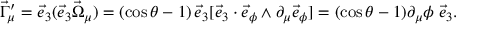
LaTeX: \vec { \Gamma } _ { \mu } ^ { \prime } = \vec { e } _ { 3 } ( \vec { e } _ { 3 } \vec { \Omega } _ { \mu } ) = ( \cos \theta - 1 ) \, \vec { e } _ { 3 } [ \vec { e } _ { 3 } \cdot \vec { e } _ { \phi } \wedge \partial _ { \mu } \vec { e } _ { \phi } ] = ( \cos \theta - 1 ) \partial _ { \mu } \phi \; \vec { e } _ { 3 } .